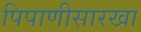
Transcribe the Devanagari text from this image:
पिपाणीसारखा